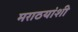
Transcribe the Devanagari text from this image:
मराठयांशी